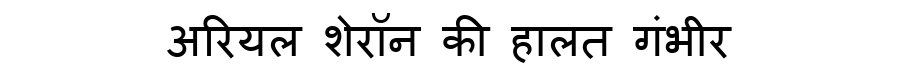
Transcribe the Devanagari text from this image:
अरियल शेरॉन की हालत गंभीर